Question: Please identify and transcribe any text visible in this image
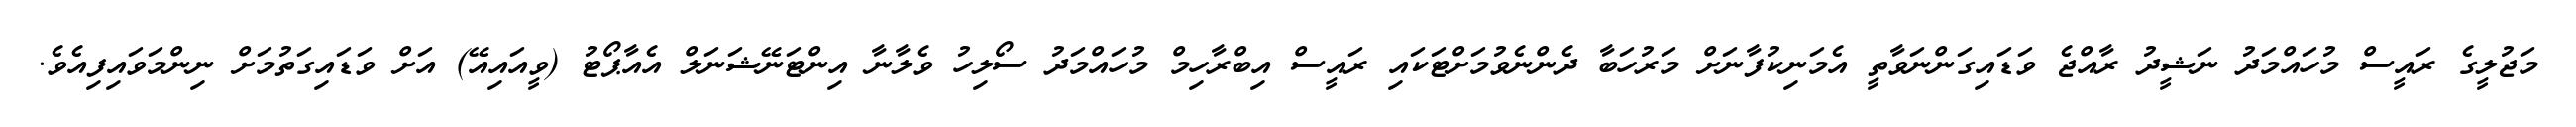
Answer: މަޖުލީގެ ރައީސް މުހައްމަދު ނަޝީދު ރާއްޖެ ވަޑައިގަންނަވާތީ އެމަނިކުފާނަށް މަރުހަބާ ދެންނެވުމަށްޓަކައި ރައީސް އިބްރާހިމް މުހައްމަދު ސޯލިހު ވެލާނާ އިންޓަނޭޝަނަލް އެއާޕޯޓު (ވީއައިއޭ) އަށް ވަޑައިގަތުމަށް ނިންމަވައިފިއެވެ.